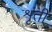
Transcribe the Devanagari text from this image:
शृती